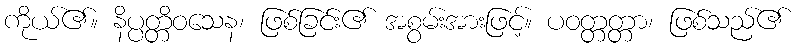
ကိုယ်၏။ နိပ္ပတ္တိဝသေန၊ ဖြစ်ခြင်း၏ အစွမ်းအားဖြင့်။ ပဝတ္တတ္တာ၊ ဖြစ်သည်၏